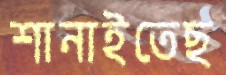
শানাইতেছ